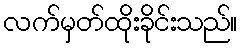
လက်မှတ်ထိုးခိုင်းသည်။